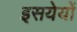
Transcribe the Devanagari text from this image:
इसयेयों